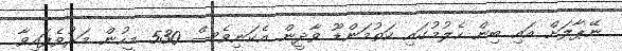
ނޭޕާލަށް އައި ބިން ހެލުމުގައި ކަތުމަންޑޫ ވާދީން އެކަނިވެސް 530 މީހުން މަރުވެފައިވާ